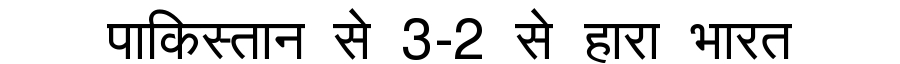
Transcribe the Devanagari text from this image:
पाकिस्तान से 3-2 से हारा भारत